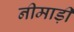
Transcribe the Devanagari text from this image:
नीमाड़ी